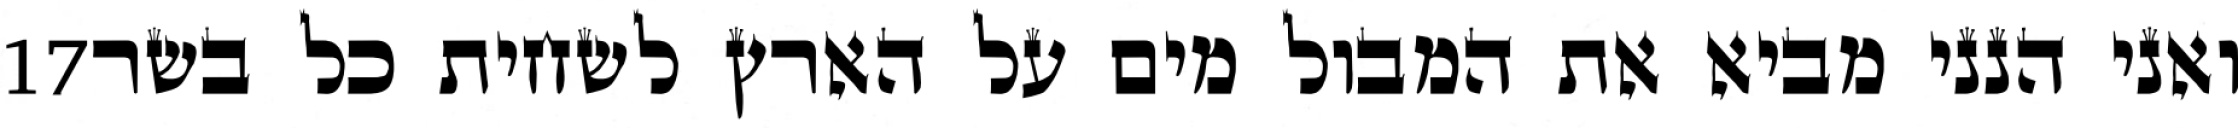
‎17‏ ואני הנני מביא את המבול מים על הארץ לשחית כל בשר